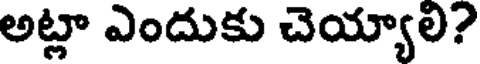
అట్లా ఎందుకు చెయ్యాలి?